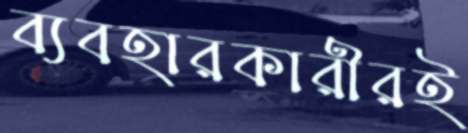
ব্যবহারকারীরই